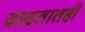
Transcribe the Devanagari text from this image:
वाढतातही